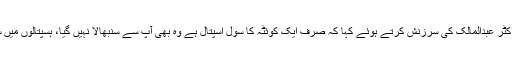
چیف جسٹس نے ڈاکٹر عبدالمالک کی سرزنش کرتے ہوئے کہا کہ صرف ایک کوئٹہ کا سول اسپتال ہے وہ بھی آپ سے سنبھالا نہیں گیا، ہسپتالوں میں سی سی یونہیں ہیں۔